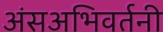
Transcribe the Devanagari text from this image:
अंसअभिवर्तनी